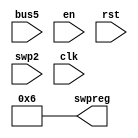
module R19(swpreg,bus5,en,rst,swp2,clk
    );
input en,rst,swp2;
input clk;
input [17:0] bus5;
output [17:0] swpreg=18'd6;

reg [17:0] swpreg;

always @ (negedge clk) begin
	if (rst)
		swpreg<=18'd6;

	else if (swp2 & en)
	swpreg<= bus5;

end
		
endmodule